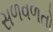
સળવળતો